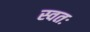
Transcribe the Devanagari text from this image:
स्वतः